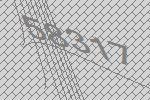
58317